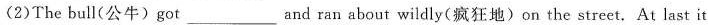
(2)The bull(公牛)got___ and ran about wildly(疯狂地)on the street. At last it